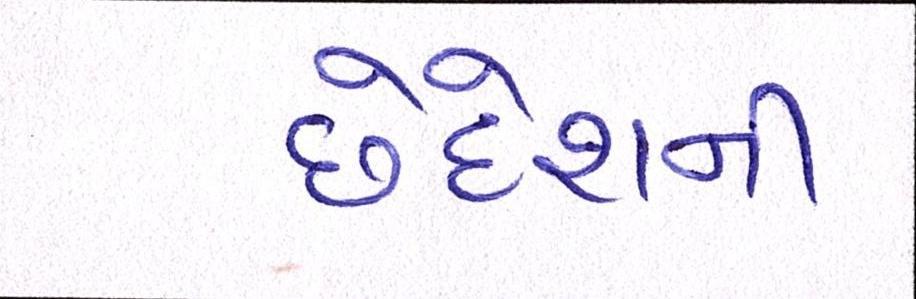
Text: છેદેશની